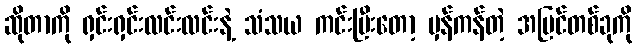
ဆိုတာကို ရှင်းရှင်းလင်းလင်းနဲ့ သံသယ ကင်းပြီးတော့ မှန်ကန်တဲ့ အမြင်တစ်ခုကို